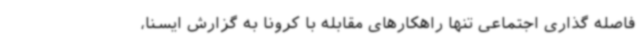
فاصله گذاری اجتماعی تنها راهکارهای مقابله با کرونا به گزارش ایسنا،